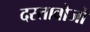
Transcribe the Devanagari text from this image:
दस्तावोजो